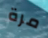
مرة